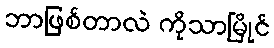
ဘာဖြစ်တာလဲ ကိုသာမြိုင်